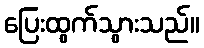
ပြေးထွက်သွားသည်။